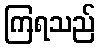
ကြရသည်